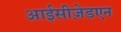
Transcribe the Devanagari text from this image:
आईसीज़ेडएन